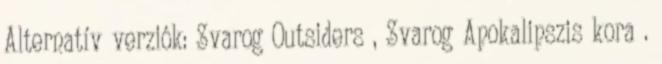
Alternatív verziók: Svarog Outsiders , Svarog Apokalipszis kora .